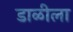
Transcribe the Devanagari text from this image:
डाळीला